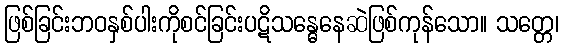
ဖြစ်ခြင်းဘဝနှစ်ပါးကိုစင်ခြင်းပဋိသန္ဓေနေဆဲဖြစ်ကုန်သော။ သတ္တေ၊